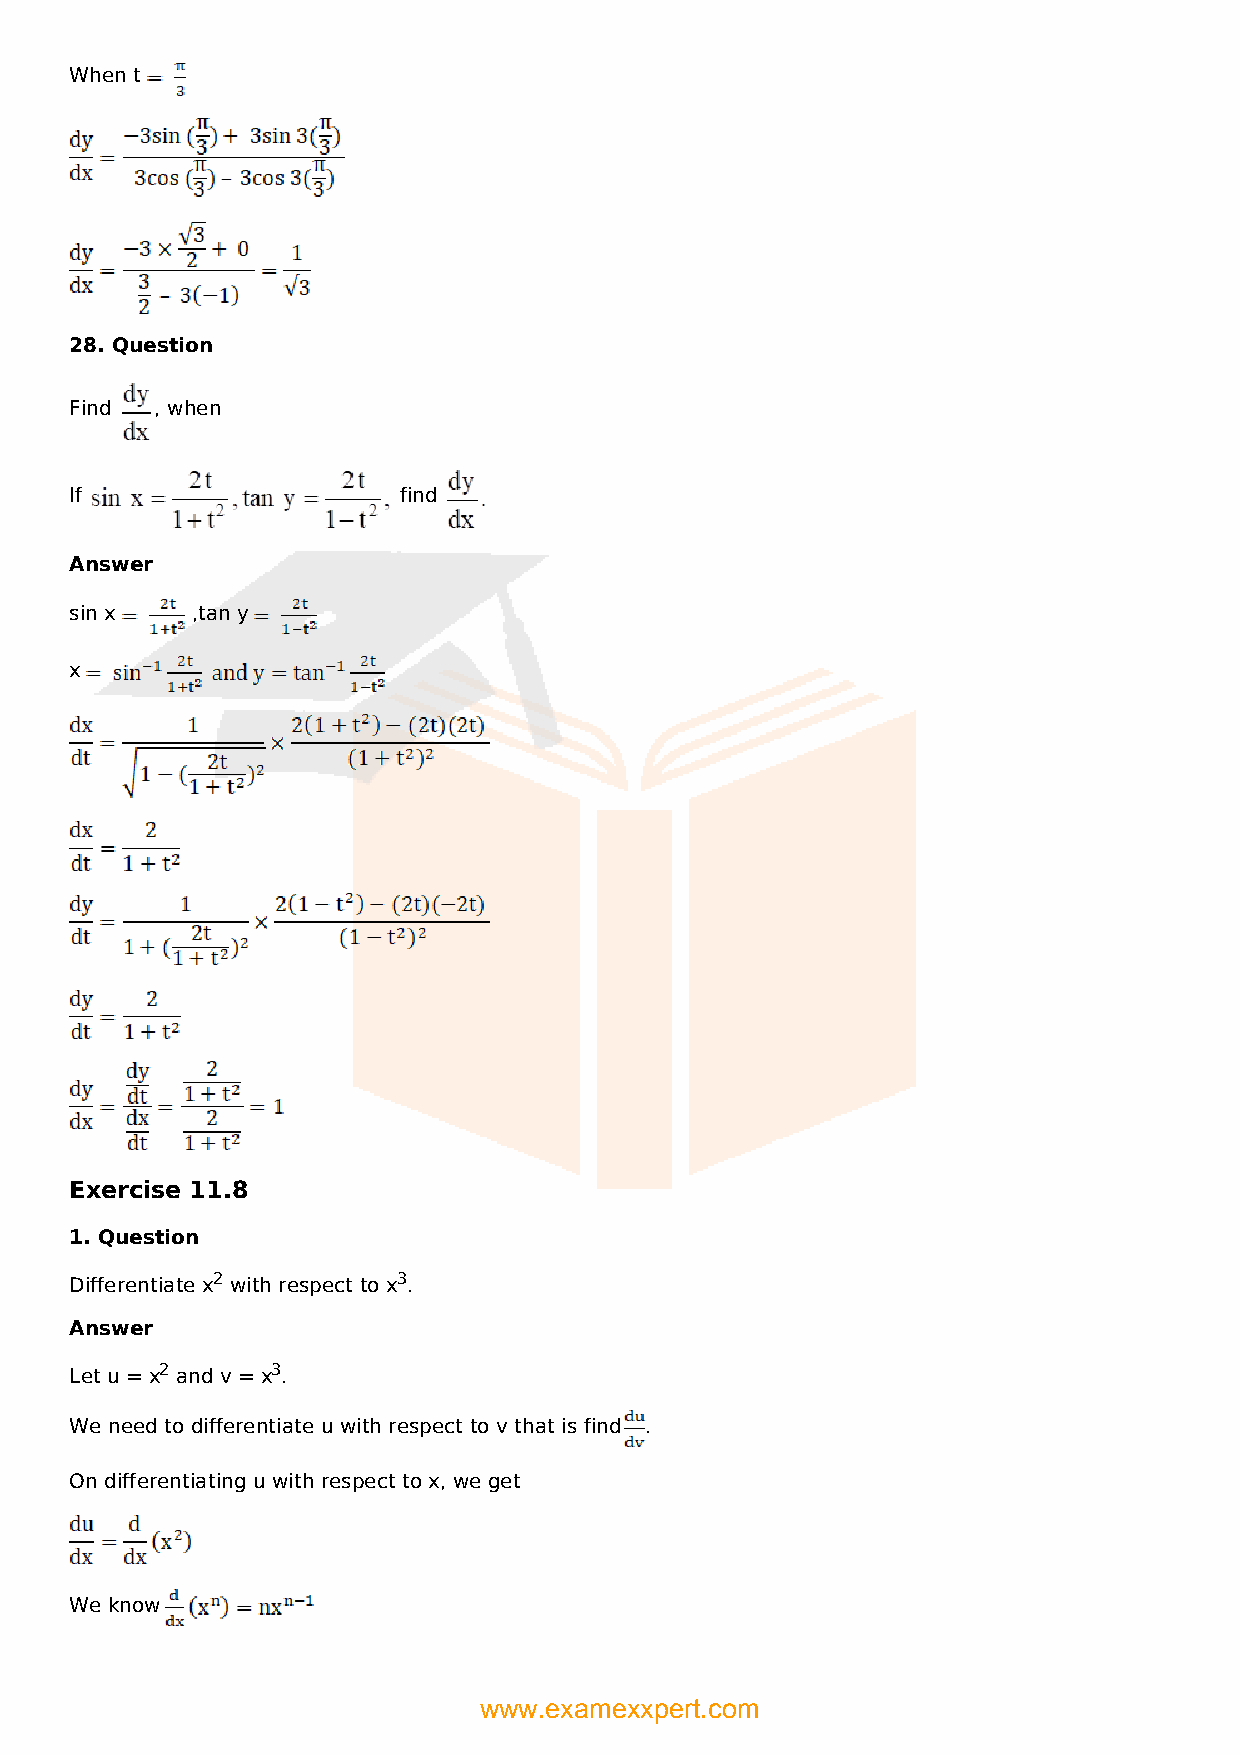
When t
 28. Question
 Find , when
 If                   find
 Answer
 sin x   ,tan y
 x
 Exercise 11.8
 1. Question
 Differentiate x2 with respect to x3.
 Answer
 Let u = x2 and v = x3.
 We need to differentiate u with respect to v that is find .
 On differentiating u with respect to x, we get
 We know
 www.examexxpert.com